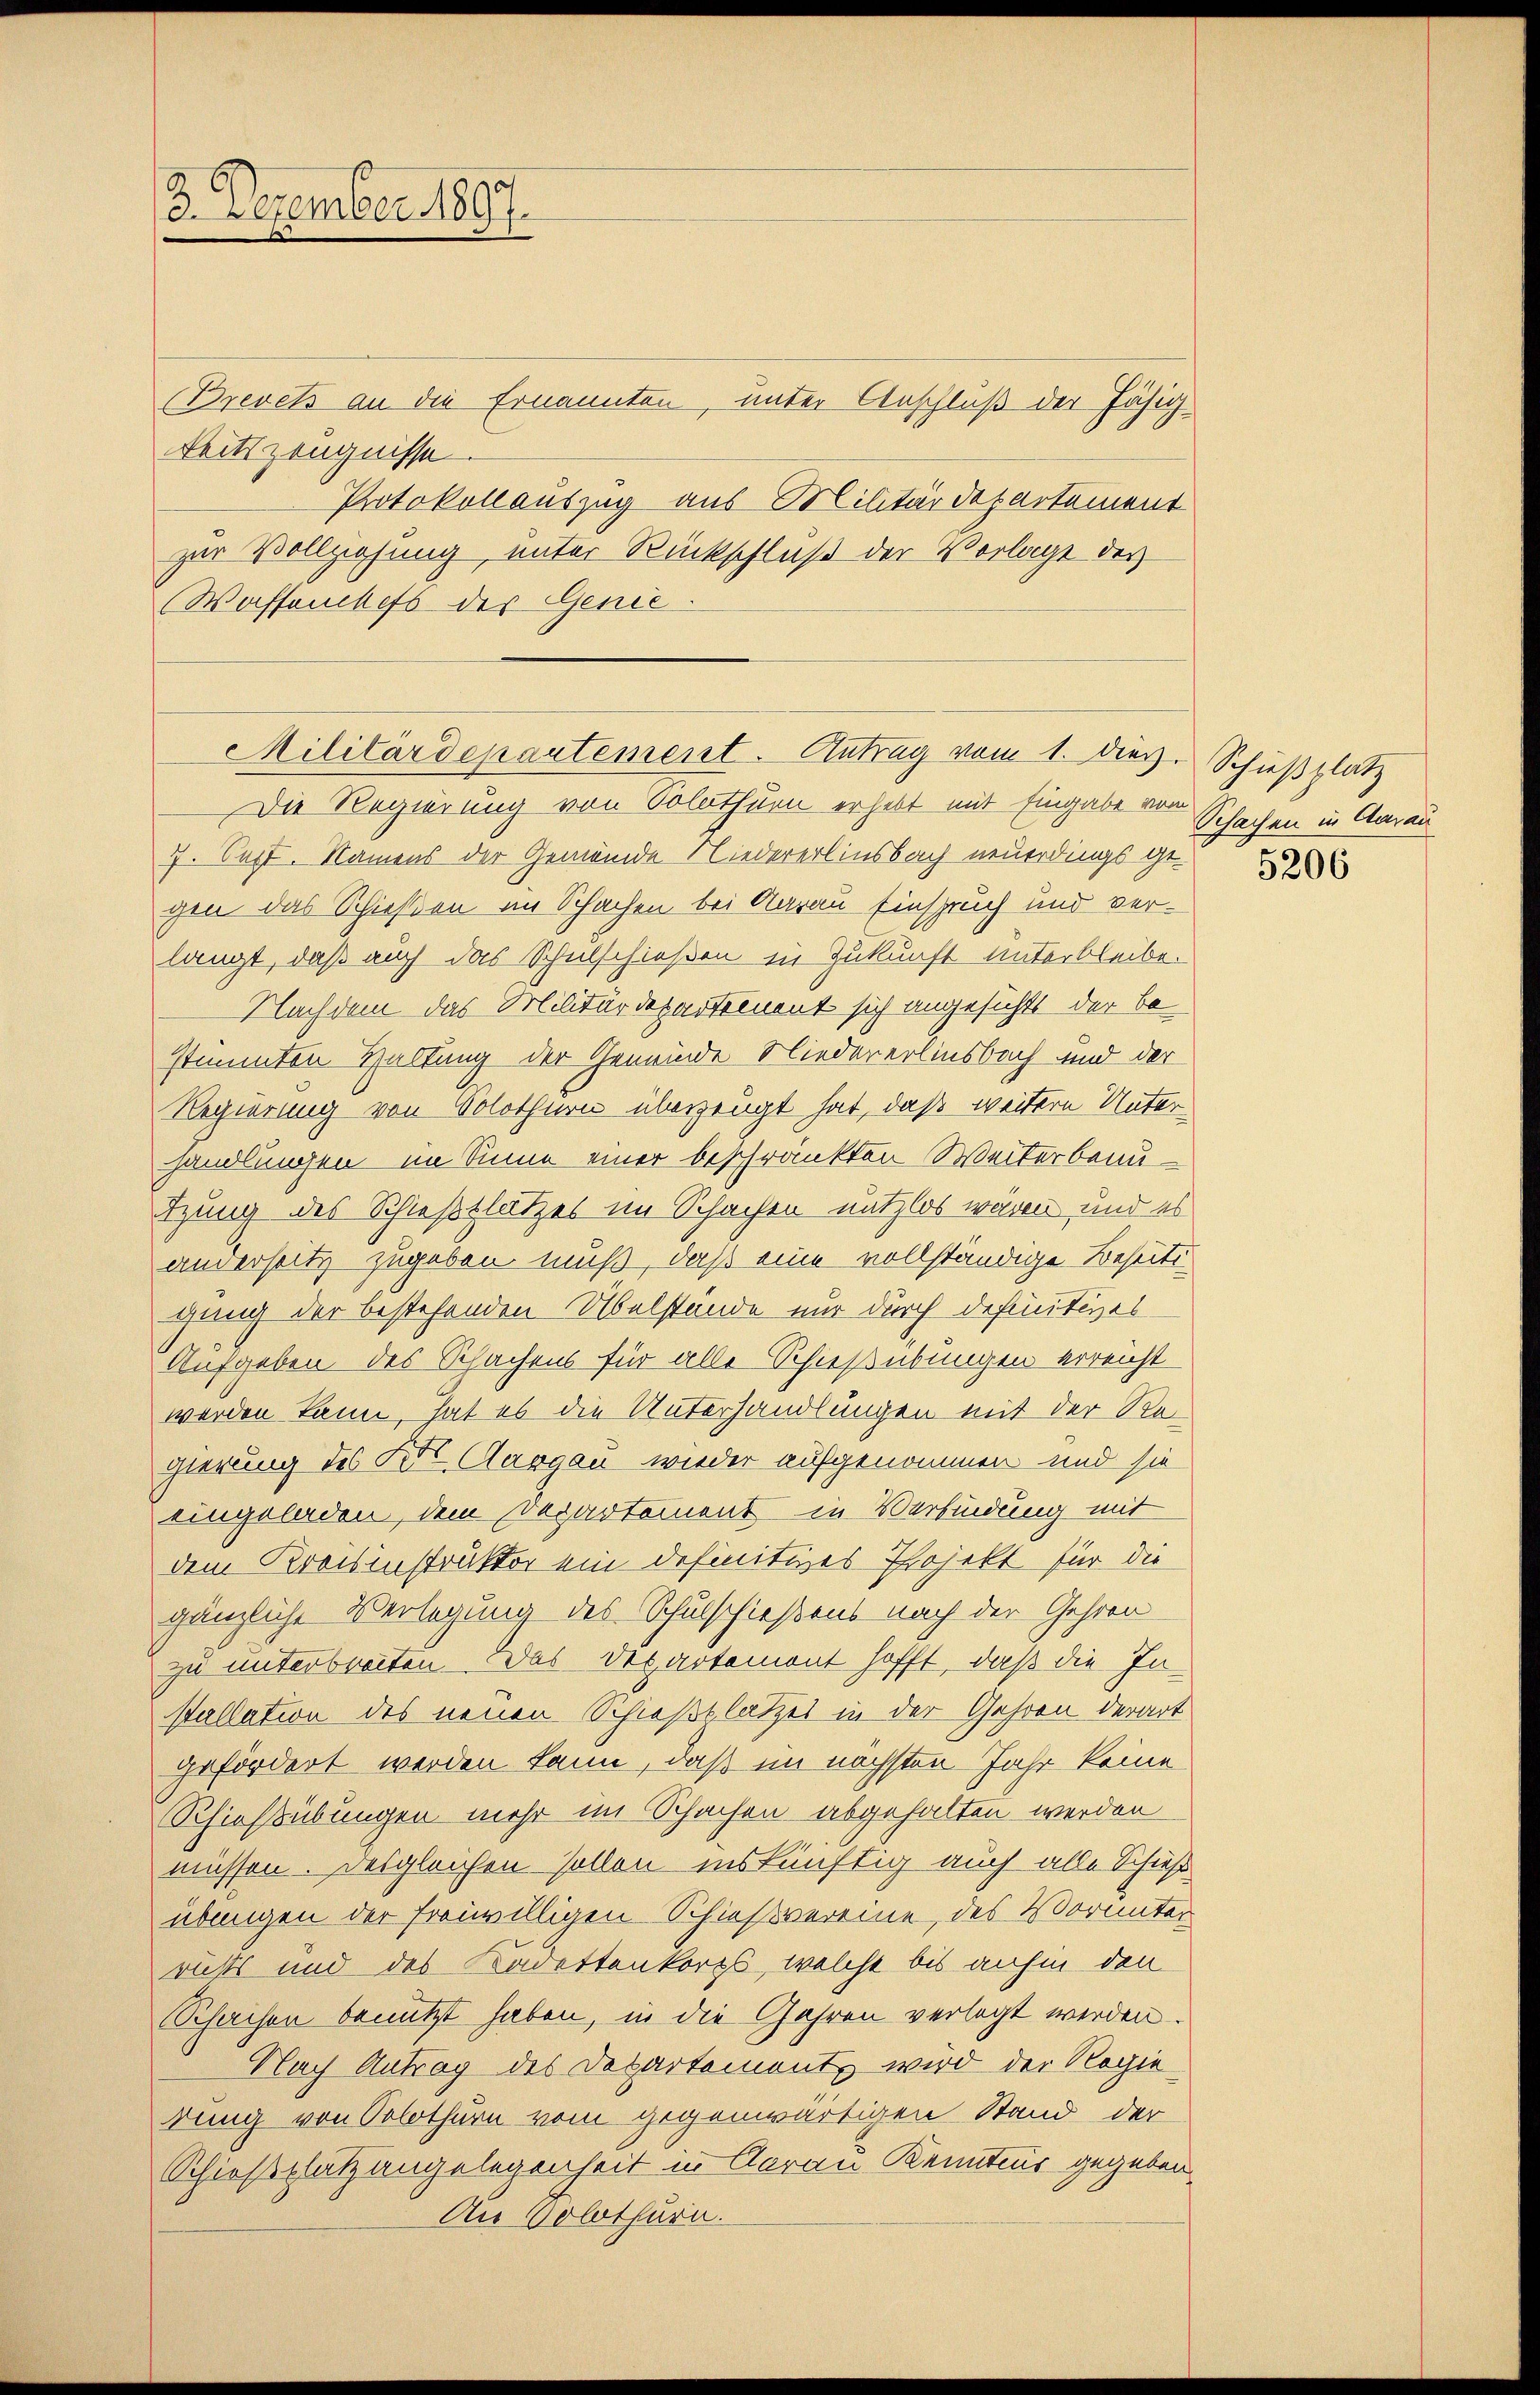
3. Dezember 1897.

(Brevets an die Ernannten, unter Anschluß der Fähigkeitszeugnisse.
Protokollauszug aus Militärdepartement
zur Vollziehung unter Rückschluß der Vorlage des
Wassenchefs der Genie
Die Regierung von Solothurn erhebt mit Eingabe von Schachen in Aarau
7. Sept. Namens der Gemeinde Niedererlinsbach neuerdings gegen das Schießen im Schachen bei darau Einspruch und verlangt, daß auch das Schulschießen in Zukunft unterbleibe.
Nachdem das Militärdepartement sich angesicht der be
stimmten Haltung der Gemeinde Niedererlinsbach und der
Regierung von Solothurn überzeugt hat, daß weitere Unterhandlungen im Sinne einer beschränkten Weiterbeauizung des Schießplatzes im Schachen nutzlos wären, und es
anderseitz zugeben muß, daß eine vollständige Besti-
gung der bestehenden Übelstände nur durch definitives
Aufgeben des Schachens für alle Schießübungen erreicht
werden kann, hat es die Unterhandlungen mit der Re-
gierung des Kt. Aargau wieder aufgenommen und sie
eingeladen, dem Departement in Verbindung mit
dem Kreisinstruktor ein definitives Projekt für die
gänzliche Verlegung des Schulschießens nach der Gehren
zu unterbreiten. Das Departemont hofft, daß die In¬
Stallation des neuen Schießplatzes in der Gehorn derart
gefördert werden kann, daß im nächsten Jahr keine
Rhiessübungen mehr im Schachen abgehalten werden
müssen. Desgleichen sollen inskünftig auch alle Schuß
übungen der freiwilligen Schießvereine, des Vorunter
richts und des Kadettenkorps, welche bis anhin den
Schachen benutzt haben, in die Gahren verlegt werden.
Nach Antrag des Departements wird der Regie
dung von Solothurn vom gegenwärtigen Stand der
Schießplatz angelegenheit in Aarau Kenntnus gegeben.
An Solothurn.

Militärdepartement. Antrag vom 1. dies. Schießplatz

5206